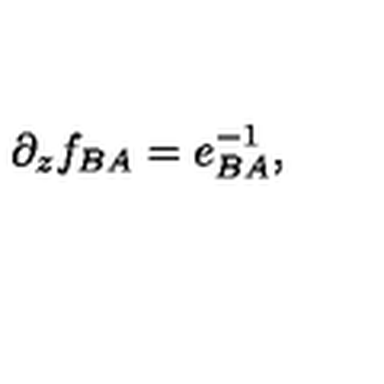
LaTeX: \partial _ { z } f _ { B A } = e _ { B A } ^ { - 1 } ,